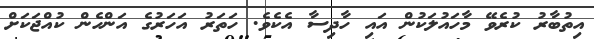
އިތުބާރު ކުރެވޭ މާހައުލަކުން އައި ހާދިސާ އެކެވެ. ހަތަރު އަހަރުގެ އަންހެން ކުއްޖަކަށް